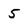
Character: 5